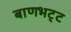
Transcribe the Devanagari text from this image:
बाणभट्‌ट